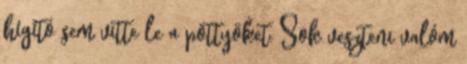
hígító sem vitte le a pöttyöket. Sok veszteni valóm